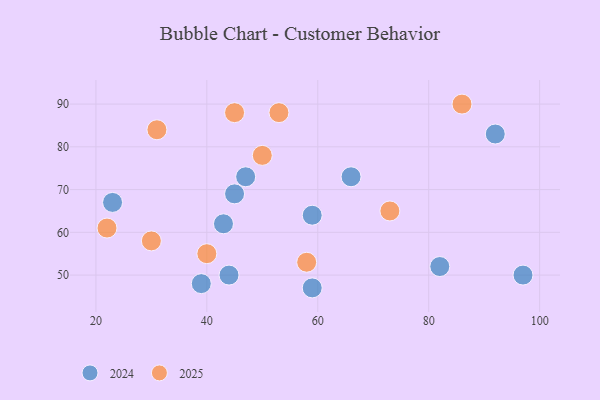
{"axis": {"x": "GDP", "y": "Life Expectancy"}, "legend": ["2024", "2025"], "data": [{"x": "53", "y": 88, "type": "2025"}, {"x": "45", "y": 88, "type": "2025"}, {"x": "31", "y": 84, "type": "2025"}, {"x": "73", "y": 65, "type": "2025"}, {"x": "30", "y": 58, "type": "2025"}, {"x": "86", "y": 90, "type": "2025"}, {"x": "40", "y": 55, "type": "2025"}, {"x": "50", "y": 78, "type": "2025"}, {"x": "22", "y": 61, "type": "2025"}, {"x": "58", "y": 53, "type": "2025"}, {"x": "92", "y": 83, "type": "2024"}, {"x": "43", "y": 62, "type": "2024"}, {"x": "82", "y": 52, "type": "2024"}, {"x": "66", "y": 73, "type": "2024"}, {"x": "23", "y": 67, "type": "2024"}, {"x": "59", "y": 47, "type": "2024"}, {"x": "44", "y": 50, "type": "2024"}, {"x": "45", "y": 69, "type": "2024"}, {"x": "47", "y": 73, "type": "2024"}, {"x": "97", "y": 50, "type": "2024"}, {"x": "59", "y": 64, "type": "2024"}, {"x": "39", "y": 48, "type": "2024"}]}